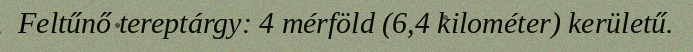
Feltűnő tereptárgy: 4 mérföld (6,4 kilométer) kerületű.